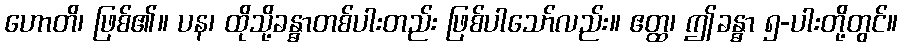
ဟောတိ၊ ဖြစ်၏။ ပန၊ ထိုသို့ခန္ဓာတစ်ပါးတည်း ဖြစ်ပါသော်လည်း။ ဧတ္ထ၊ ဤခန္ဓာ ၅-ပါးတို့တွင်။